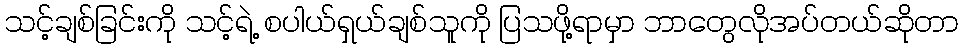
သင့်ချစ်ခြင်းကို သင့်ရဲ့ စပါယ်ရှယ်ချစ်သူကို ပြသဖို့ရာမှာ ဘာတွေလိုအပ်တယ်ဆိုတာ